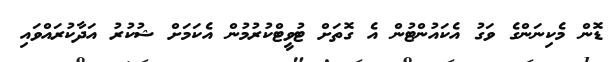
ޑޮން މެކިނަންގެ ވަގު އެކައުންޓުން އެ ގޮތަށް ޓުވީޓްކުރުމުން އެކަމަށް ޝުކުރު އަދާކުރައްވައި